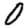
Digit: 0